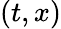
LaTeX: (t,x)